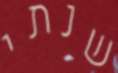
שנתי